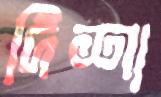
দিশা